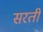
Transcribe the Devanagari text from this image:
सरती